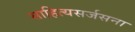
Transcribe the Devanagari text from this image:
साहित्यसर्जसना